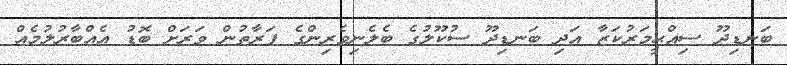
ބަނޑިދޫ ސިއްޙީމަރުކަޒާ އަދި ބަނޑިދޫ ސުކޫލުގެ ބެލެނިވެރިންގެ ފަރާތުން ވަރަށް ބޮޑު އެއްބާރުލުމެއް